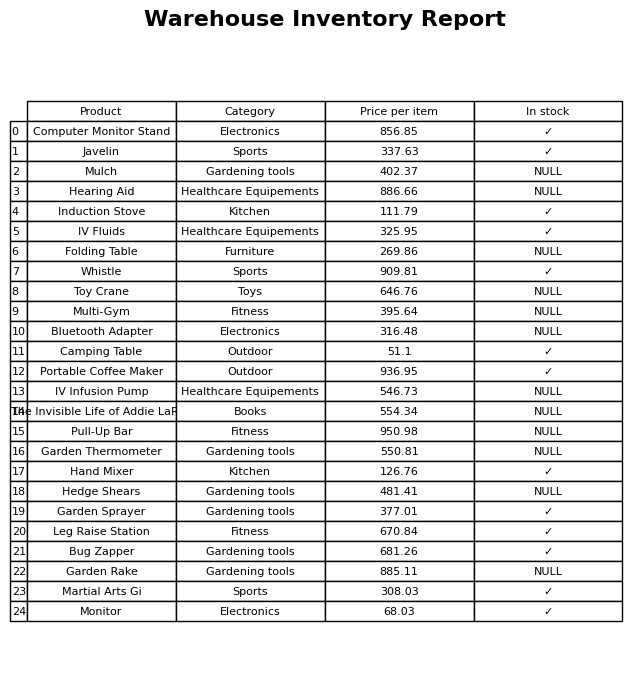
question: Is the Garden Sprayer in stock?
answer: ✓